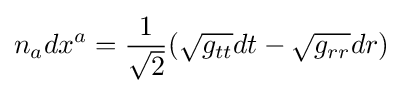
n_{a}dx^{a}={\frac {1}{\sqrt {2}}}({\sqrt {g_{tt}}}dt-{\sqrt {g_{rr}}}dr)